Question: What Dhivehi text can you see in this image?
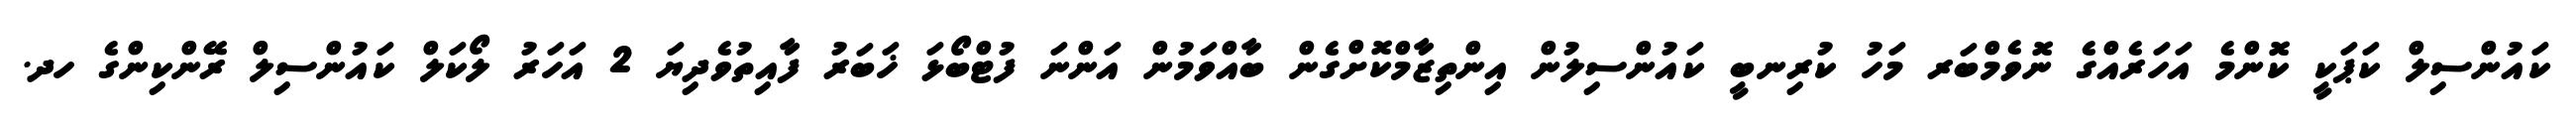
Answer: ކައުންސިލް ކަޕަކީ ކޮންމެ އަހަރެއްގެ ނޮވެމްބަރ މަހު ކުރިނބީ ކައުންސިލުން އިންތިޒާމްކޮށްގެން ބާއްވަމުން އަންނަ ފުޓްބޯޅަ ޚަބަރު ފާއިތުވެދިޔަ 2 އަހަރު ލޯކަލް ކައުންސިލް ރޭންކިންގެ ހދ.